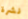
نشرة